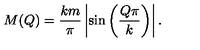
M ( Q ) = \frac { k m } { \pi } \left| \sin \left( \frac { Q \pi } { k } \right) \right| .